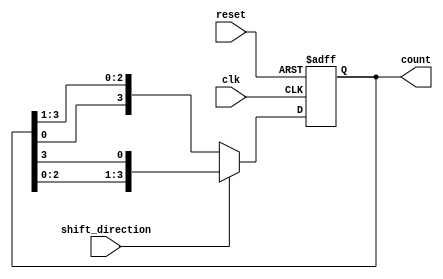
module johnson_counter(
    input wire clk,
    input wire reset,
    input wire shift_direction,
    output reg [3:0] count
);

reg [3:0] temp;

always @(posedge clk or posedge reset) begin
    if(reset) begin
        temp <= 4'b0001;
    end else begin
        if(shift_direction) begin
            temp <= {temp[2:0], temp[3]};
        end else begin
            temp <= {temp[0], temp[3:1]};
        end
    end
end

always @* begin
    count = temp;
end

endmodule